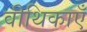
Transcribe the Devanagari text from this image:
वीथिकाएँ